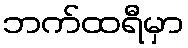
ဘက်ထရီမှာ